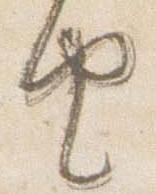
由